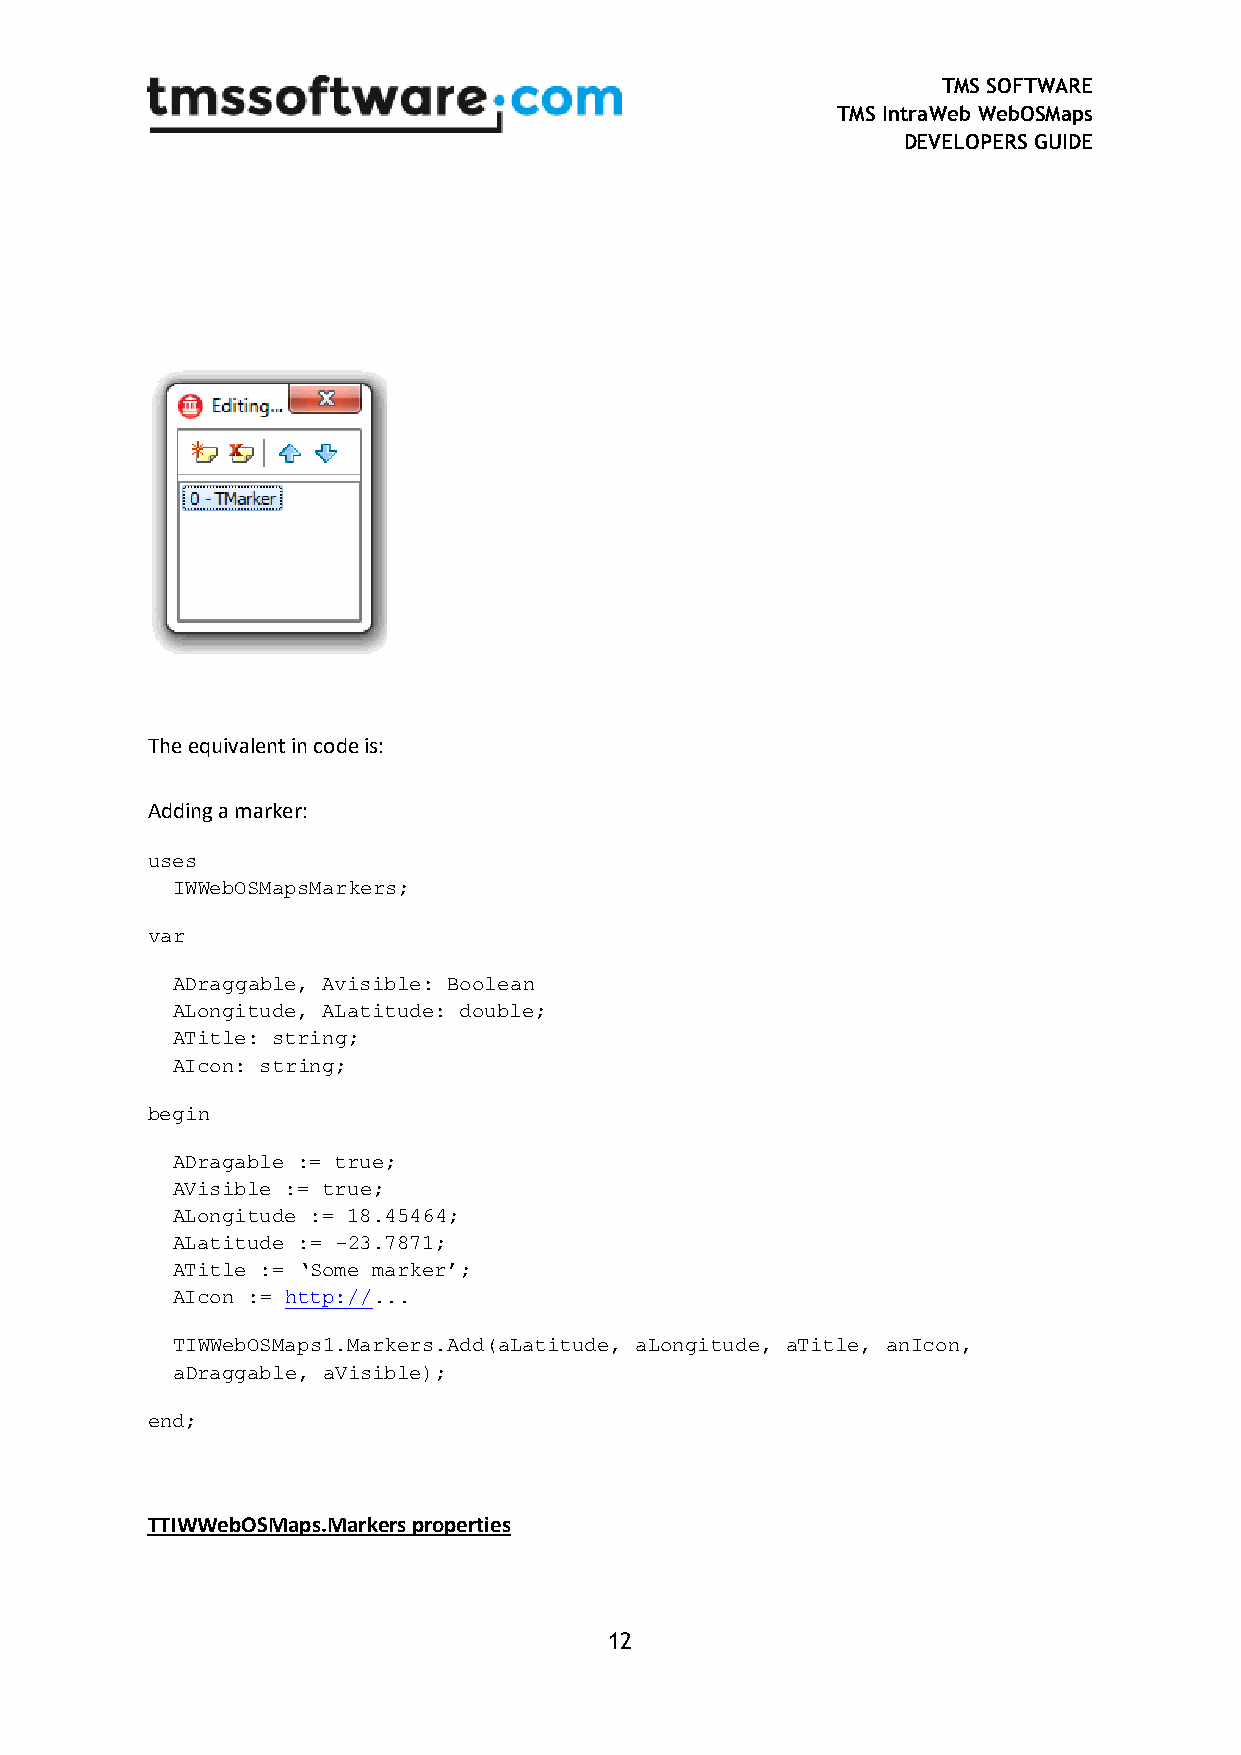
TMS SOFTWARE
 TMS IntraWeb WebOSMaps
 DEVELOPERS GUIDE
 The equivalent in code is:
 Adding a marker:
 uses
 IWWebOSMapsMarkers;
 var
 ADraggable, Avisible: Boolean
 ALongitude, ALatitude: double;
 ATitle: string;
 AIcon: string;
 begin
 ADragable := true;
 AVisible := true;
 ALongitude := 18.45464;
 ALatitude := -23.7871;
 ATitle := ‘Some marker’;
 AIcon := http://...
 TIWWebOSMaps1.Markers.Add(aLatitude, aLongitude, aTitle, anIcon,
 aDraggable, aVisible);
 end;
 TTIWWebOSMaps.Markers properties
 12